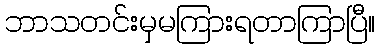
ဘာသတင်းမှမကြားရတာကြာပြီ။